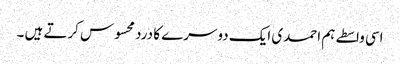
اسی واسطے ہم احمدی ایک دوسرے کا درد محسوس کرتے ہیں ۔